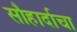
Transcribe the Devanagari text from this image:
सौहार्दाचा